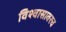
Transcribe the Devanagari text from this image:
विश्वासावरच